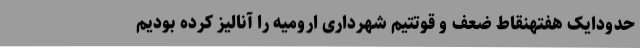
حدودایک هفتهنقاط ضعف و قوتتیم شهرداری ارومیه را آنالیز کرده بودیم